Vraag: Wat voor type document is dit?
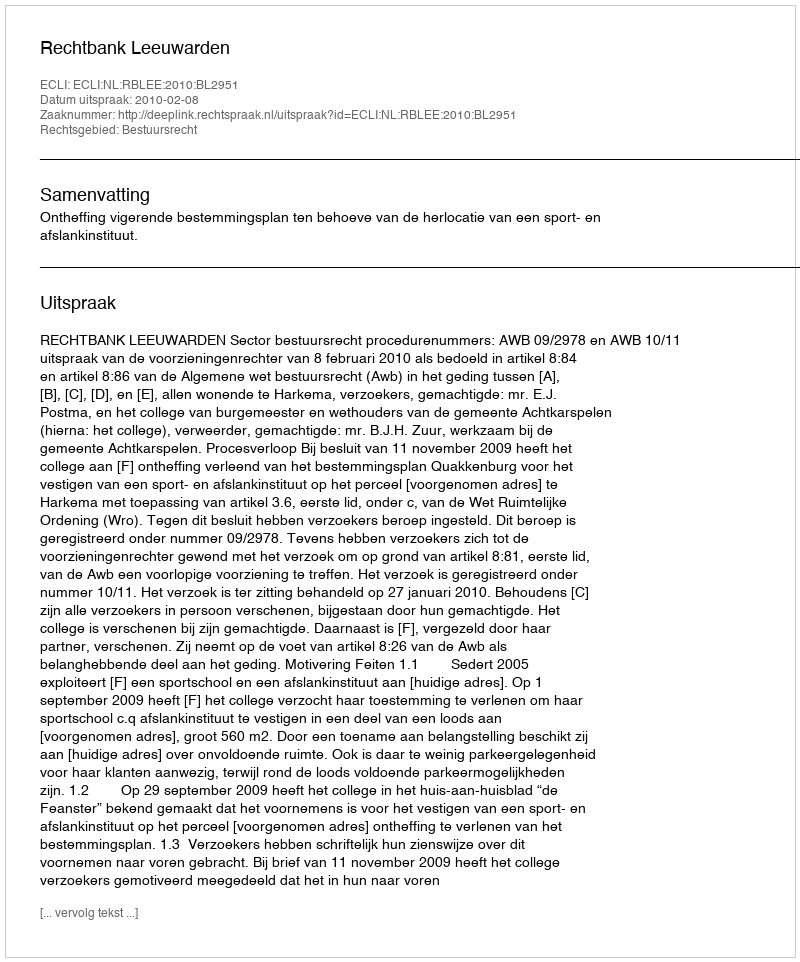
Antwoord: Uitspraak